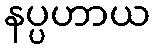
နပ္ပဟာယ